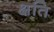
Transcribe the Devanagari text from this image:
क्षति